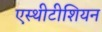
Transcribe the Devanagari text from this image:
एस्थीटीशियन